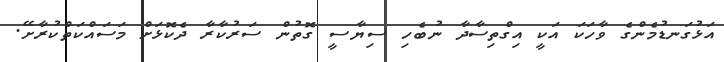
އަޅުގަނޑުމެންގެ ވާހަކަ އަކީ އިގްތިސާދާ ނުބެހި ސިޔާސީ ގޮތުން ސަރުކާރާ ދެކޮޅަށް މަސައްކަތްކުރާށޭ.